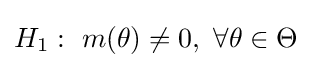
H_{1}:\ m(\theta )\neq 0,\ \forall \theta \in \Theta